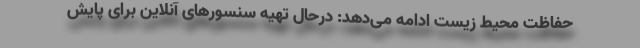
حفاظت محیط زیست ادامه می‌دهد: درحال تهیه سنسورهای آنلاین برای پایش